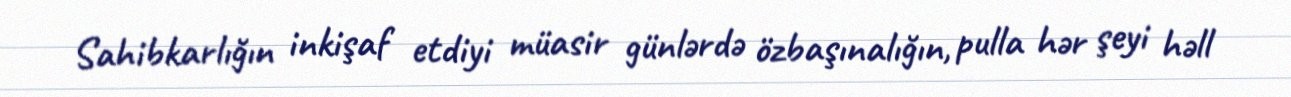
Sahibkarlığın inkişaf etdiyi müasir günlərdə özbaşınalığın, pulla hər şeyi həll